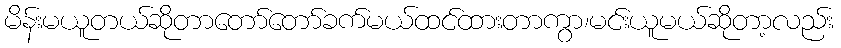
မိန်းမယူတယ်ဆိုတာတော်တော်ခက်မယ်ထင်ထားတာကွာ၊မင်းယူမယ်ဆိုတာ့လည်း